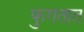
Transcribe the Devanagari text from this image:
फुगतात